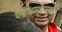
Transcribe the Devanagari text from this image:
धबधब्यासाठी